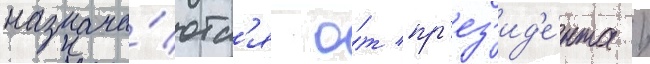
назнача́ютс'я о́т пр'ез'ид'е́нта /